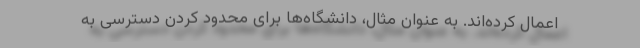
اعمال کرده‌اند. به عنوان مثال، دانشگاه‌ها برای محدود کردن دسترسی به